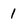
Character: 1